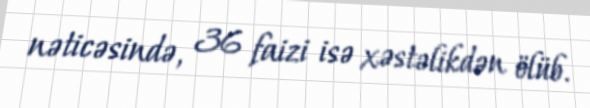
nəticəsində, 36 faizi isə xəstəlikdən ölüb.